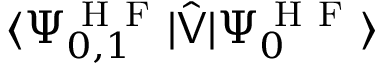
\langle \Psi _ { 0 , 1 } ^ { \mathrm { ~ H ~ F ~ } } | \hat { \mathsf { V } } | \Psi _ { 0 } ^ { \mathrm { ~ H ~ F ~ } } \rangle